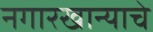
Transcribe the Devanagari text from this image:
नगारखान्याचे